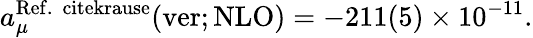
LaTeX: a_{\mu}^{\mathrm{Ref.~\ cite{krause}}}(\mathrm{ver;NLO})=-211(5)\times 10^{-11}.